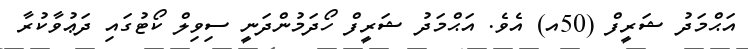
އަޙްމަދު ޝަރީފް (50އ) އެވެ. އަޙްމަދު ޝަރީފް ހޯދަމުންދަނީ ސިވިލް ކޯޓުގައި ދަޢުވާކުރާ